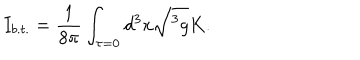
LaTeX: I _ { b . t . } = \frac 1 { 8 \pi } \int _ { \tau = 0 } d ^ { 3 } x \sqrt { ^ 3 g } K .